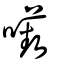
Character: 囈